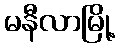
မနီလာမြို့